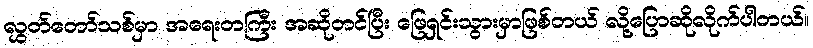
လွှတ်တော်သစ်မှာ အရေးတကြီး အဆိုတင်ပြီး ဖြေရှင်းသွားမှာဖြစ်တယ် လို့ပြောဆိုလိုက်ပါတယ်။